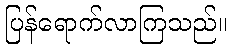
ပြန်ရောက်လာကြသည်။